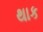
થાક